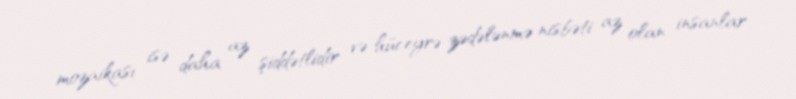
mozaikası isə daha az şiddətlidir və hüceyrə zədələnmə nisbəti az olan insanlar